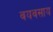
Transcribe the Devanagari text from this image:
वयवसाय